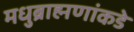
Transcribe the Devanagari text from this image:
मधुब्राह्मणांकडे